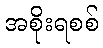
အစိုးရစစ်